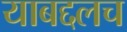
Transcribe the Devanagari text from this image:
याबद्दलच